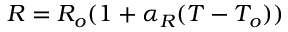
R = R _ { o } ( 1 + \alpha _ { R } ( T - T _ { o } ) )